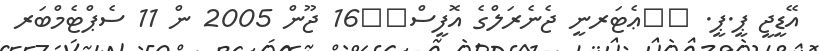
އޭޑީޖީ ޕީ.ޕީ. 		ޢެޓަރނީ ޖެނެރަލްގެ އޮފީސް		16 ޖޫން 2005 ން 11 ސެޕްޓެމްބަރ